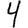
Digit: 4